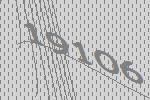
19106